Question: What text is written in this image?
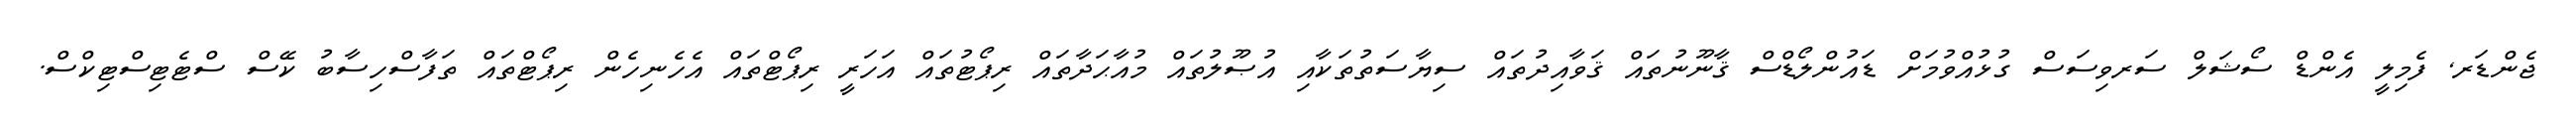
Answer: ޖެންޑަރ, ފެމިލީ އެންޑް ސޯޝަލް ސަރވިސަސް ގުޅުއްވުމަށް ޑައުންލޯޑްސް ޤާނޫނުތައް ޤަވާއިދުތައް ސިޔާސަތުތަކާއި އުޞޫލުތައް މުއާޙަދާތައް ރިޕޯޓުތައް އަހަރީ ރިޕޯޓްތައް އެހެނިހެން ރިޕޯޓްތައް ތަފާސްހިސާބު ކޭސް ސްޓެޓިސްޓިކްސް.